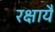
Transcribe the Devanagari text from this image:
रक्षायै